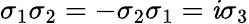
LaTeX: \sigma_{1}\sigma_{2}=-\sigma_{2}\sigma_{1}=\mathit{i}\sigma_{3}